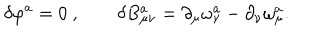
\delta \varphi ^ { a } = 0 ~ , \quad \quad \delta B _ { \mu \nu } ^ { a } = \partial _ { \mu } \omega _ { \nu } ^ { a } - \partial _ { \nu } \omega _ { \mu } ^ { a } .